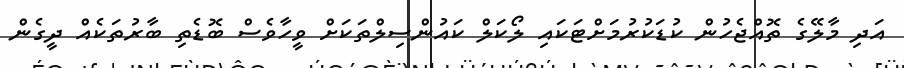
އަދި މާލޭގެ ތޮއްޖެހުން ކުޑަކުރުމަށްޓަކައި ލޯކަލް ކައުންސިލްތަކަށް ވީހާވެސް ބޮޑެތި ބާރުތަކެއް ދީގެން